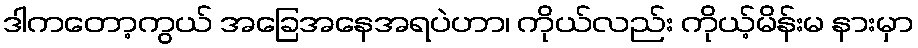
ဒါကတော့ကွယ် အခြေအနေအရပဲဟာ၊ ကိုယ်လည်း ကိုယ့်မိန်းမ နားမှာ